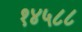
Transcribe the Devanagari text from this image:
१४५८८